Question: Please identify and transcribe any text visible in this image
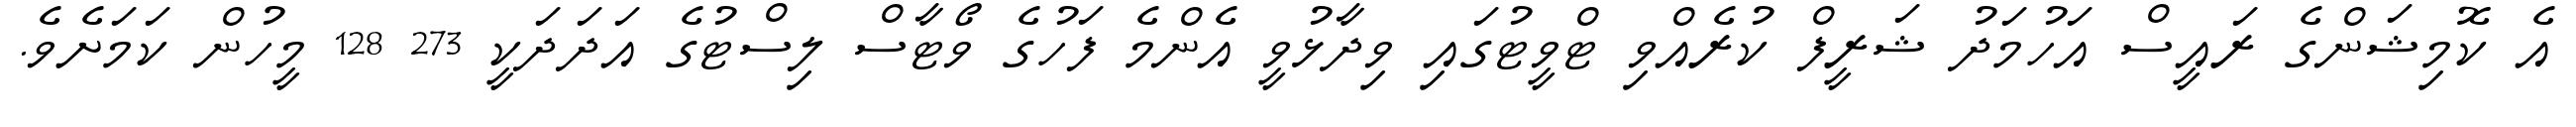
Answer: އެ ކޮމިޝަންގެ ރައީސް އަހުމަދު ޝަރީފް ކުރެއްވި ޓްވީޓުގައި ވިދާޅުވީ އެންމެ ފަހުގެ ވޯޓާސް ލިސްޓުގެ އަދަދަކީ 273 128 މީހުން ކަމަށެވެ.